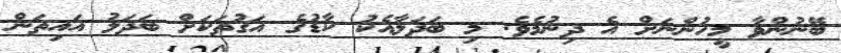
ބޭނުންވާ މީހުންނަށް އެ ދިނުމެވެ. މި ބަދަލާއެކު ކާޑުގެ އަގުތަކަށް ބަދަލު އައިތަން